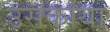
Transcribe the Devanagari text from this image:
उसकाया